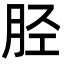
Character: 胫